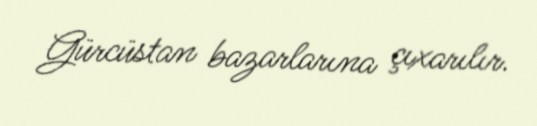
Gürcüstan bazarlarına çıxarılır.